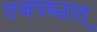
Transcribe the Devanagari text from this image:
तजपश्चात्